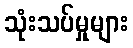
သုံးသပ်မှုများ